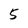
Character: 5